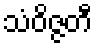
သံဝိဇ္ဇတီ